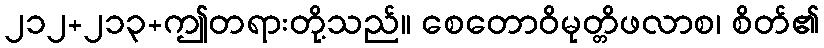
၂၁၂+၂၁၃+ဤတရားတို့သည်။ စေတောဝိမုတ္တိဖလာစ၊ စိတ်၏